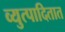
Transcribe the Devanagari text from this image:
व्युत्पादितात